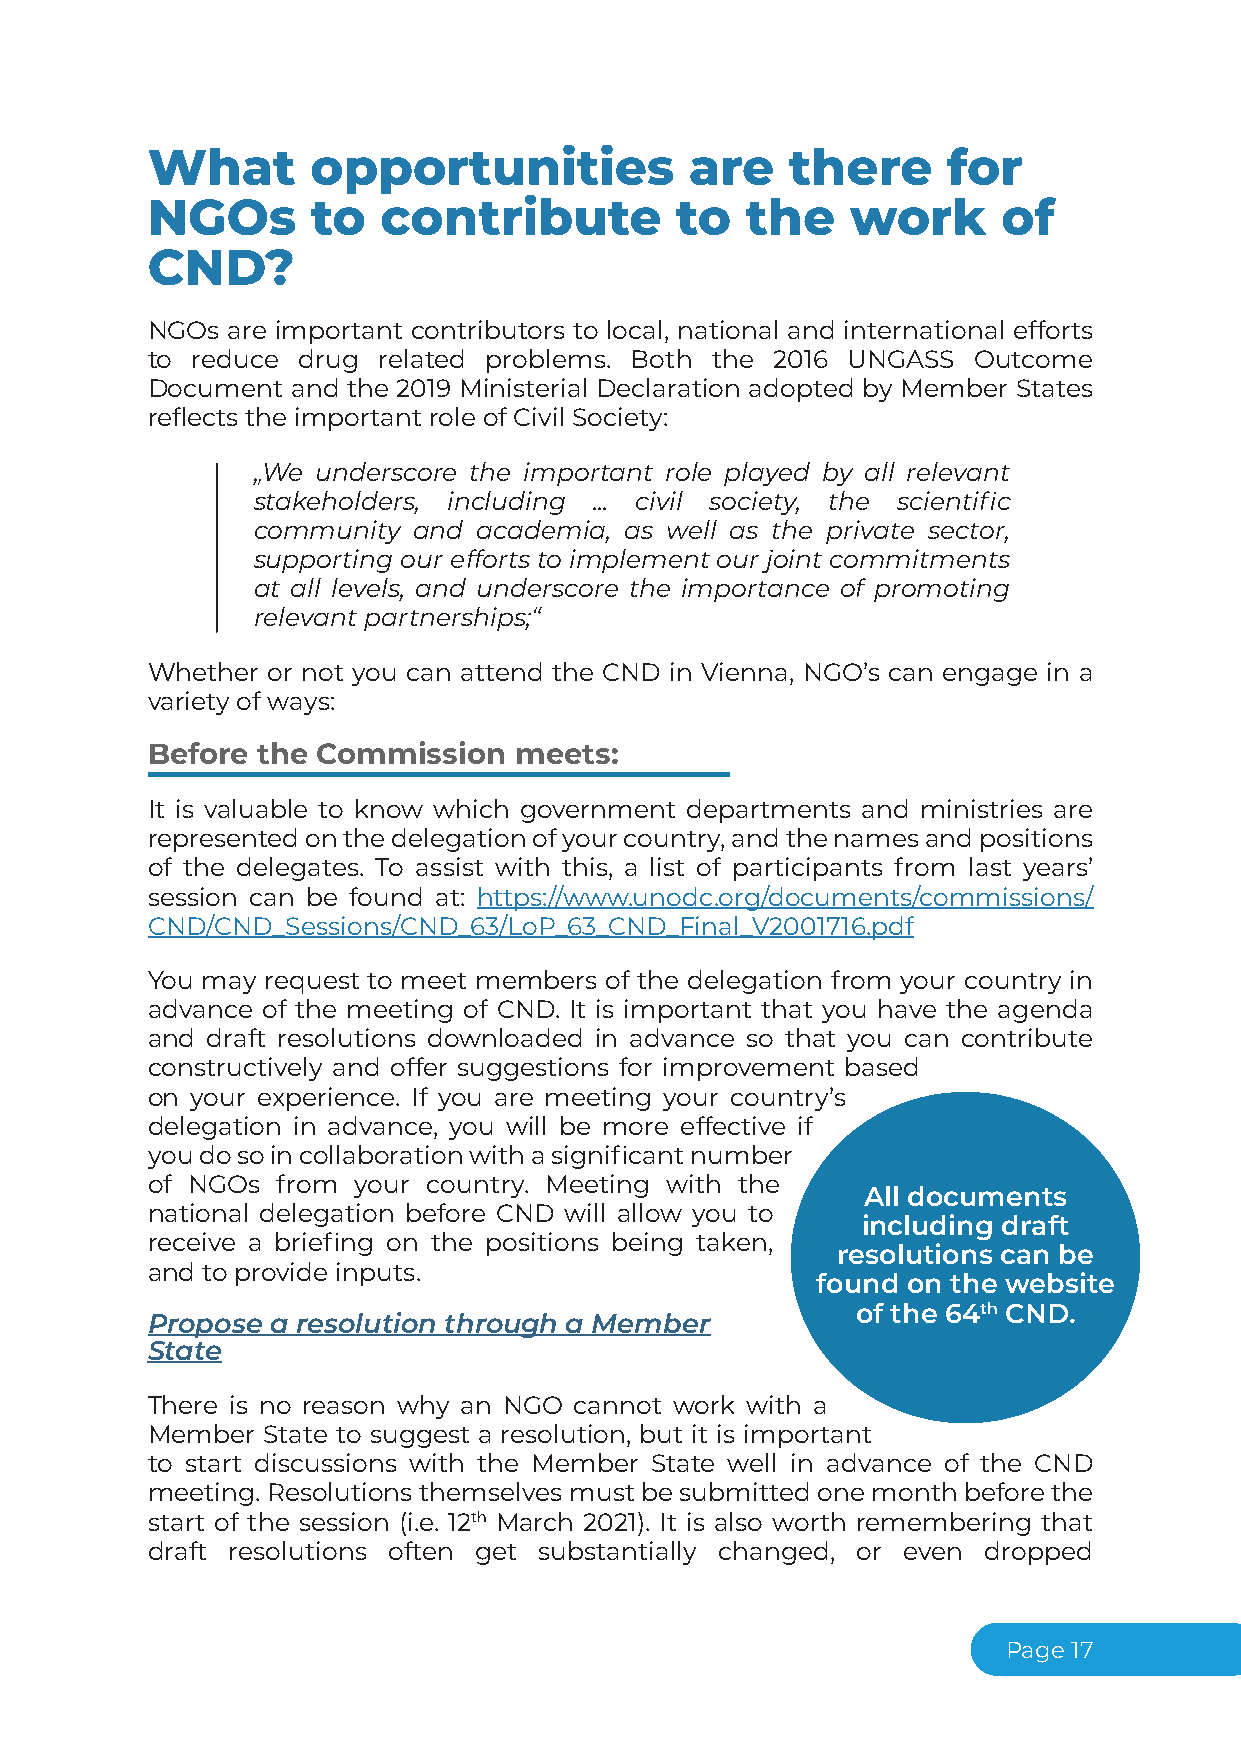
What       opportunities            are   there      for
 NGOs       to  contribute          to  the    work      of
 CND?
 NGOs are important contributors to local, national and international efforts
 to reduce drug related problems. Both the 2016 UNGASS Outcome
 Document and the 2019 Ministerial Declaration adopted by Member States
 reflects the important role of Civil Society:
 „We underscore the important role played by all relevant
 stakeholders, including ... civil society, the scientific
 community and  academia, as well as the private sector,
 supporting our efforts to implement our joint commitments
 at all levels, and underscore the importance of promoting
 relevant partnerships;“
 Whether or not you can attend the CND in Vienna, NGO’s can engage in a
 variety of ways:
 Before the Commission   meets:
 It is valuable to know which government departments and ministries are
 representedonthedelegationofyourcountry,andthenamesandpositions
 of the delegates. To assist with this, a list of participants from last years’
 session can be found at: https://www.unodc.org/documents/commissions/
 CND/CND_Sessions/CND_63/LoP_63_CND_Final_V2001716.pdf
 You may request to meet members of the delegation from your country in
 advance of the meeting of CND. It is important that you have the agenda
 and draft resolutions downloaded in advance so that you can contribute
 constructively and offer suggestions for improvement based
 on your experience. If you are meeting your country’s
 delegation in advance, you will be more effective if
 youdosoincollaborationwithasignificantnumber
 of NGOs from  your country. Meeting with the
 All documents
 national delegation before CND will allow you to
 including draft
 receive a briefing on the positions being taken,
 resolutions can be
 and to provide inputs.
 found on the website
 of the 64th CND.
 Propose a resolution through a Member
 State
 There is no reason why an NGO cannot work with a
 Member State to suggest a resolution, but it is important
 to start discussions with the Member State well in advance of the CND
 meeting. Resolutions themselves must be submitted one month before the
 start of the session (i.e. 12th March 2021). It is also worth remembering that
 draft resolutions often get substantially changed, or even dropped
 Page17